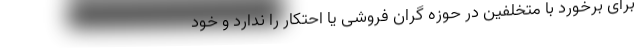
برای برخورد با متخلفین در حوزه گران فروشی یا احتکار را ندارد و خود